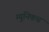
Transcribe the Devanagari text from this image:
म्युनिकच